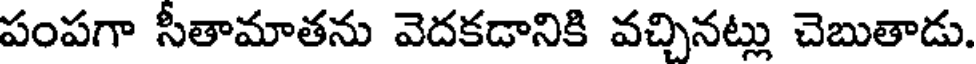
పంపగా సీతామాతను వెదకడానికి వచ్చినట్లు చెబుతాడు.